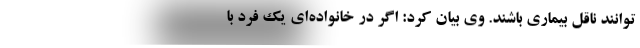
‌توانند ناقل بیماری باشند. وی بیان کرد: اگر در خانواده‌ای یک فرد با